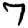
Digit: 7